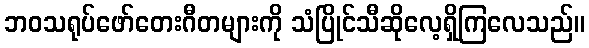
ဘဝသရုပ်ဖော်တေးဂီတများကို သံပြိုင်သီဆိုလေ့ရှိကြလေသည်။